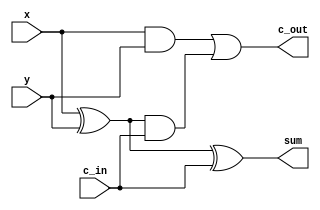
`timescale 1ns / 1ps
//////////////////////////////////////////////////////////////////////////////////
// Company: 
// Engineer: 
// 
// Design Name: 
// Module Name:    CRA 
// Project Name: 
// Target Devices: 
// Tool versions: 
// Description: 
//
// Dependencies: 
//
// Revision: 
// Revision 0.01 - File Created
// Additional Comments: 
//
//////////////////////////////////////////////////////////////////////////////////
module FA(c_out,sum,x,y,c_in);
input x , y , c_in;
output c_out,sum;
wire w_1,w_2,w_3;
xor(w_1,x,y);
xor(sum,w_1,c_in);
and(w_2,w_1,c_in);
and(w_3,x,y);
or(c_out,w_3,w_2);
endmodule
module CRA(c_out,sum,x,y,c_in);
input [3:0] x , y;
input c_in;
output [3:0] sum;
output c_out;
wire w_1,w_2,w_3;
FA A(w_1,sum[0],x[0],y[0],c_in);
FA B(w_2,sum[1],x[1],y[1],w_1);
FA C(w_3,sum[2],x[2],y[2],w_2);
FA D(c_out,sum[3],x[3],y[3],w_3);
endmodule